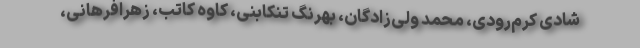
شادی کرم‌رودی، محمد ولی‌زادگان، بهرنگ تنکابنی، کاوه کاتب، زهرافرهانی،